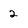
Character: 2